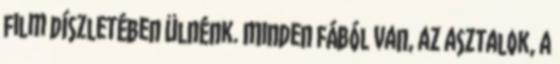
film díszletében ülnénk. Minden fából van, az asztalok, a